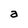
Character: a